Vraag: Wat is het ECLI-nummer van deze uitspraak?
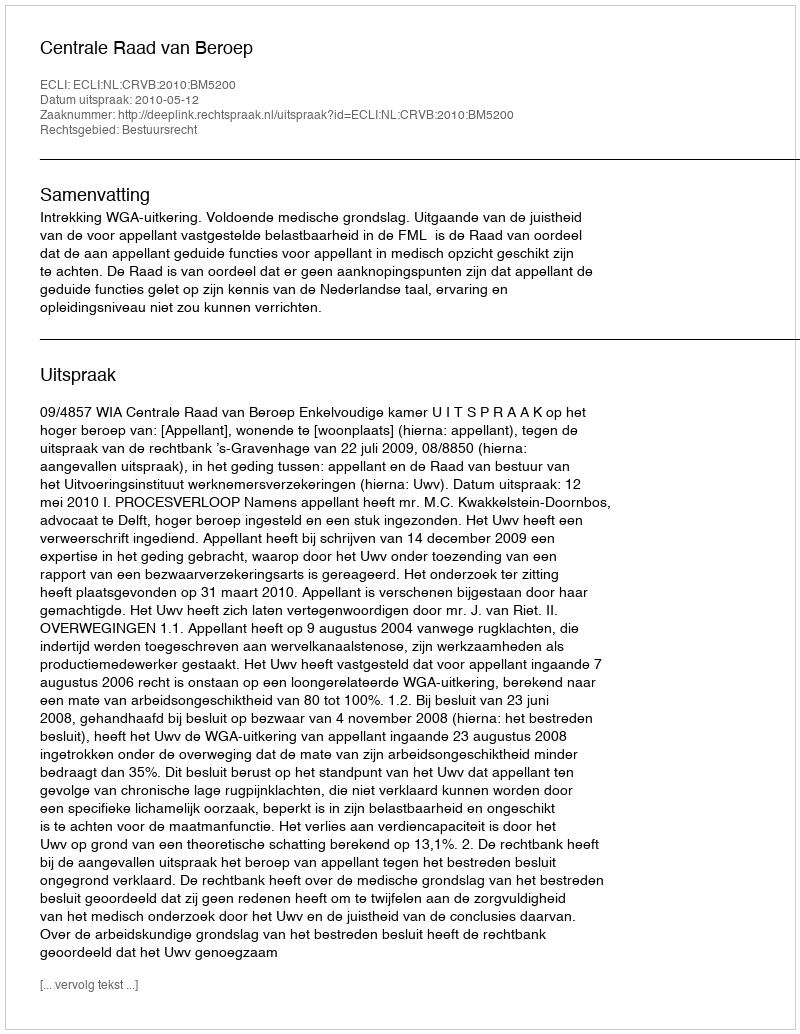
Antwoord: ECLI:NL:CRVB:2010:BM5200